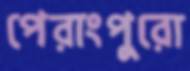
পেরাংপুরো